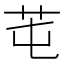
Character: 芚